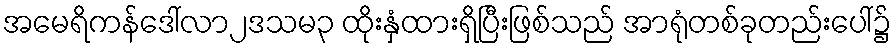
အမေရိကန်ဒေါ်လာ၂ဒသမ၃ ထိုးနှံထားရှိပြီးဖြစ်သည် အာရုံတစ်ခုတည်းပေါ်၌